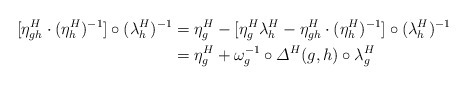
\begin{align*} [\eta^H_{gh} \cdot (\eta^H_h)^{-1}] \circ (\lambda^H_h)^{-1} &= \eta^H_g - [\eta^H_g\lambda^H_h - \eta^H_{gh} \cdot (\eta^H_h)^{-1}] \circ (\lambda^H_h)^{-1} \\ &= \eta^H_g + \omega_g^{-1} \circ \varDelta^H(g,h) \circ \lambda^H_g\end{align*}